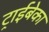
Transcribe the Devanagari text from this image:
ट्राईबेका